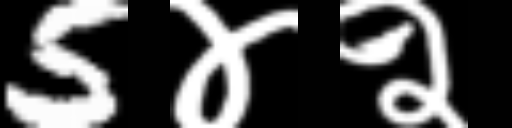
Text: 5४२